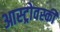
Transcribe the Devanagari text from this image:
आस्ट्रोवस्की